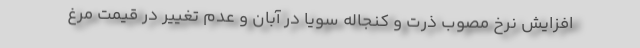
افزایش نرخ مصوب ذرت و کنجاله سویا در آبان و عدم تغییر در قیمت مرغ